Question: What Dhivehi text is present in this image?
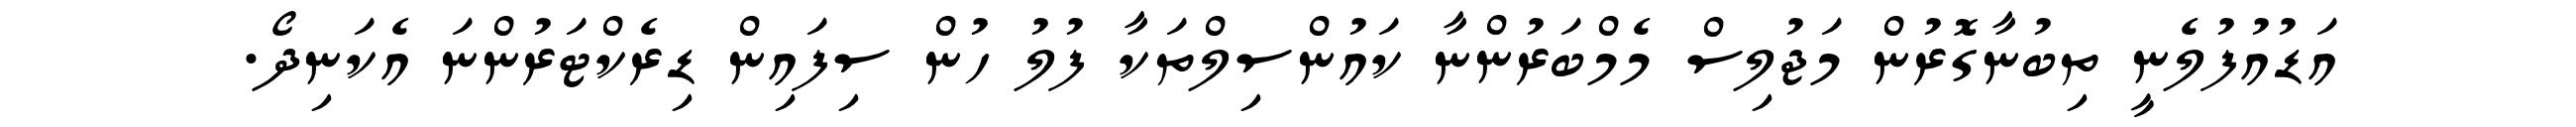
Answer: އަޑުއުފުލެނީ ތިބުނާގޮރުން މަޖުލިސް މެމްބަރުންނާ ކައުންސިލްތަކާ ފުލު ހުން ސިފައިން ޑިރެކްޓަރުންނަ އެކަނިދޯ.